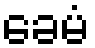
ခေမံ